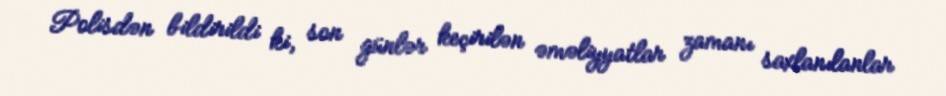
Polisdən bildirildi ki, son günlər keçirilən əməliyyatlar zamanı saxlanılanlar